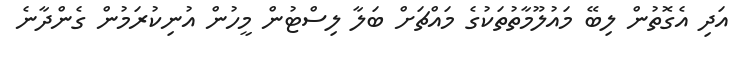
އަދި އެގޮތުން ލިބޭ މައުލޫމާތުތަކުގެ މައްޗަށް ބަލާ ލިސްޓުން މީހުން އުނިކުރަމުން ގެންދާނެ